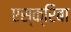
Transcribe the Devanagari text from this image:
एस्क्रिबा